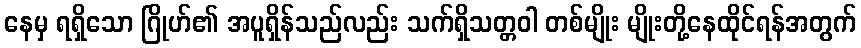
နေမှ ရရှိသော ဂြိုဟ်၏ အပူရှိန်သည်လည်း သက်ရှိသတ္တဝါ တစ်မျိုး မျိုးတို့နေထိုင်ရန်အတွက်